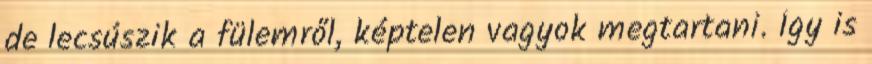
de lecsúszik a fülemről, képtelen vagyok megtartani. Így is